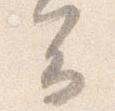
云